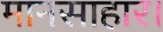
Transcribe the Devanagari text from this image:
मानसाहार।